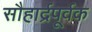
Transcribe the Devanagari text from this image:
सौहार्द्रपूर्वक